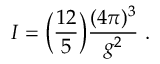
I = \biggl ( { \frac { 1 2 } { 5 } } \biggr ) { \frac { ( 4 \pi ) ^ { 3 } } { g ^ { 2 } } } ~ .